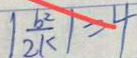
\vert \frac { b ^ { 2 } } { 2 k } \vert = 4